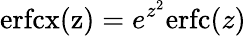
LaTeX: \mathrm{erfcx(z)}=e^{z^{2}}\mathrm{erfc}(z)